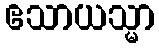
ဧသာယသ္မာ